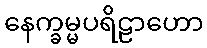
နေက္ခမ္မပရိဠာဟော